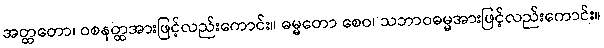
အတ္ထတော၊ ဝစနတ္ထအားဖြင့်လည်းကောင်း။ ဓမ္မတော စေဝ၊ သဘာဝဓမ္မအားဖြင့်လည်းကောင်း။